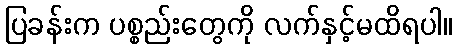
ပြခန်းက ပစ္စည်းတွေကို လက်နှင့်မထိရပါ။